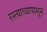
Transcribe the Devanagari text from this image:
रस्त्याच्यापासून